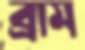
ব্রাম